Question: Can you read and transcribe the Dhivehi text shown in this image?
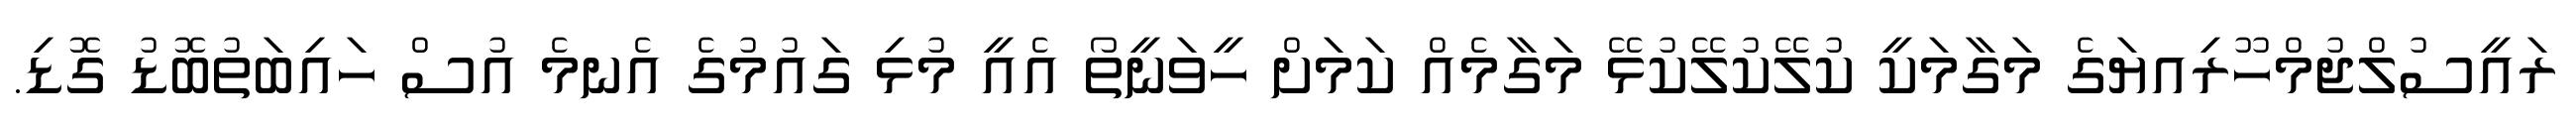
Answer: ރައީސުލްޖުމްހޫރިއޔަގެ މަގާމަކީ ކުލޭކުލޭކުޅޭ މަގާމެއް ކަމަށް ހީވަނީތޯ އެއީ މުޅި ގައުމުގެ އެނމެ އުސް ހައިބަތުބޮޑު ގޮޑި.